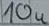
Text: 10u